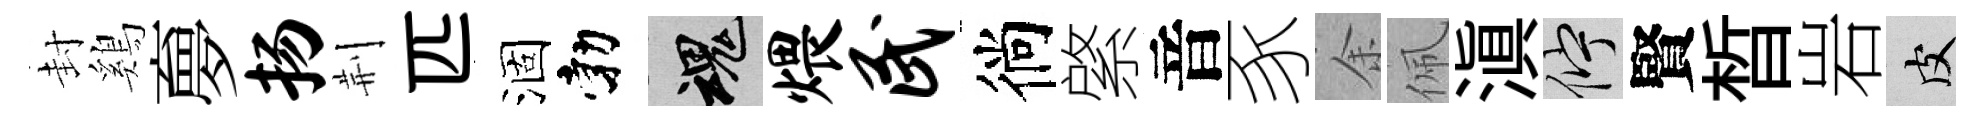
封鷄夣扬荆匹涸勃魂煨民徜綮音豕余佩滇伫賢晳岩皮